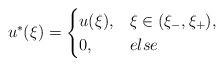
LaTeX: \begin{align*}u^{*}(\xi) = \begin{cases}u(\xi), & \xi \in (\xi_{-}, \xi_{+}) ,\\0, & else\end{cases}\end{align*}